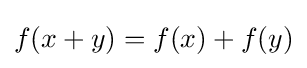
f(x+y)=f(x)+f(y)